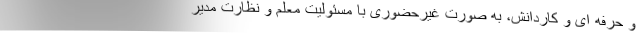
و حرفه ای و کاردانش، به صورت غیرحضوری با مسئولیت معلم و نظارت مدیر